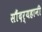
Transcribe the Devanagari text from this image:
सौंदर्यहानी